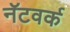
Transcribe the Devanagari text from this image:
नॅटवर्क